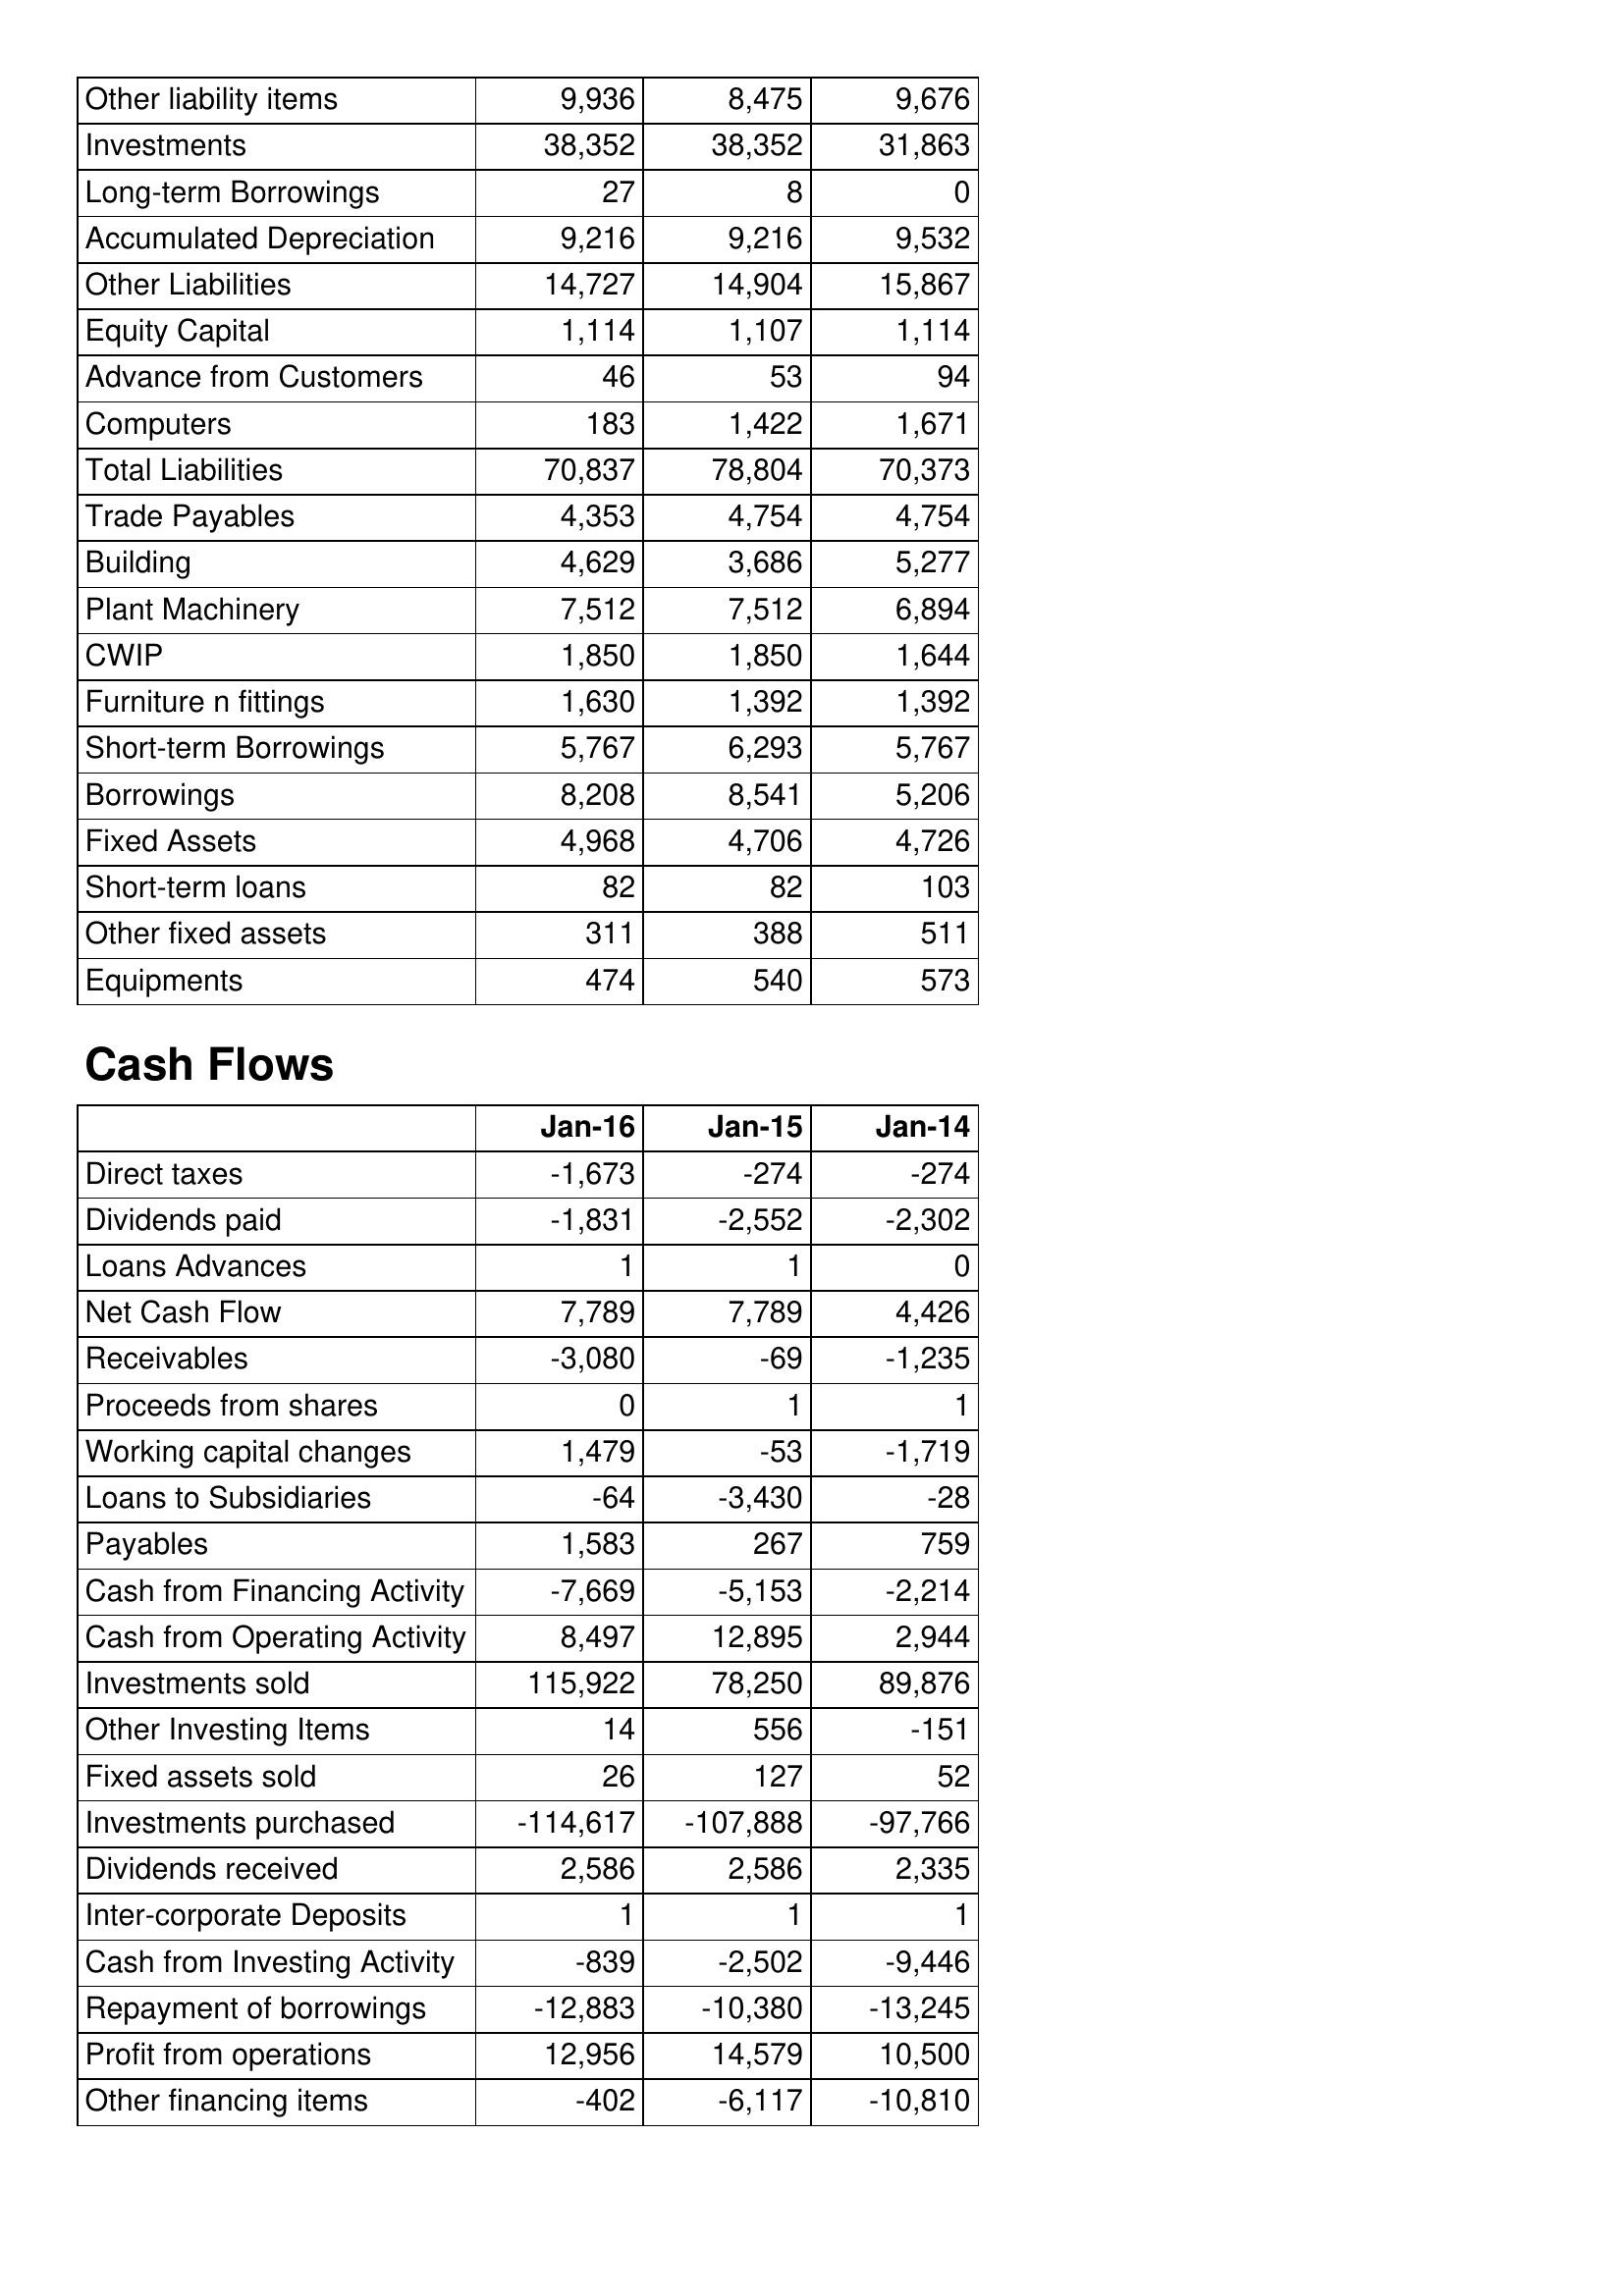
Jan-16: Balance Sheet: Other liability items: 9,936
Investments: 38,352
Long-term Borrowings: 27
Accumulated Depreciation: 9,216
Other Liabilities: 14,727
Equity Capital: 1,114
Advance from Customers: 46
Computers: 183
Total Liabilities: 70,837
Trade Payables: 4,353
Building: 4,629
Plant Machinery: 7,512
CWIP: 1,850
Furniture n fittings: 1,630
Short-term Borrowings: 5,767
Borrowings: 8,208
Fixed Assets: 4,968
Short-term loans: 82
Other fixed assets: 311
Equipments: 474
Cash Flows: Direct taxes: -1,673
Dividends paid: -1,831
Loans Advances: 1
Net Cash Flow: 7,789
Receivables: -3,080
Proceeds from shares: 0
Working capital changes: 1,479
Loans to Subsidiaries: -64
Payables: 1,583
Cash from Financing Activity: -7,669
Cash from Operating Activity: 8,497
Investments sold: 115,922
Other Investing Items: 14
Fixed assets sold: 26
Investments purchased: -114,617
Dividends received: 2,586
Inter-corporate Deposits: 1
Cash from Investing Activity: -839
Repayment of borrowings: -12,883
Profit from operations: 12,956
Other financing items: -402
Jan-15: Balance Sheet: Other liability items: 8,475
Investments: 38,352
Long-term Borrowings: 8
Accumulated Depreciation: 9,216
Other Liabilities: 14,904
Equity Capital: 1,107
Advance from Customers: 53
Computers: 1,422
Total Liabilities: 78,804
Trade Payables: 4,754
Building: 3,686
Plant Machinery: 7,512
CWIP: 1,850
Furniture n fittings: 1,392
Short-term Borrowings: 6,293
Borrowings: 8,541
Fixed Assets: 4,706
Short-term loans: 82
Other fixed assets: 388
Equipments: 540
Cash Flows: Direct taxes: -274
Dividends paid: -2,552
Loans Advances: 1
Net Cash Flow: 7,789
Receivables: -69
Proceeds from shares: 1
Working capital changes: -53
Loans to Subsidiaries: -3,430
Payables: 267
Cash from Financing Activity: -5,153
Cash from Operating Activity: 12,895
Investments sold: 78,250
Other Investing Items: 556
Fixed assets sold: 127
Investments purchased: -107,888
Dividends received: 2,586
Inter-corporate Deposits: 1
Cash from Investing Activity: -2,502
Repayment of borrowings: -10,380
Profit from operations: 14,579
Other financing items: -6,117
Jan-14: Balance Sheet: Other liability items: 9,676
Investments: 31,863
Long-term Borrowings: 0
Accumulated Depreciation: 9,532
Other Liabilities: 15,867
Equity Capital: 1,114
Advance from Customers: 94
Computers: 1,671
Total Liabilities: 70,373
Trade Payables: 4,754
Building: 5,277
Plant Machinery: 6,894
CWIP: 1,644
Furniture n fittings: 1,392
Short-term Borrowings: 5,767
Borrowings: 5,206
Fixed Assets: 4,726
Short-term loans: 103
Other fixed assets: 511
Equipments: 573
Cash Flows: Direct taxes: -274
Dividends paid: -2,302
Loans Advances: 0
Net Cash Flow: 4,426
Receivables: -1,235
Proceeds from shares: 1
Working capital changes: -1,719
Loans to Subsidiaries: -28
Payables: 759
Cash from Financing Activity: -2,214
Cash from Operating Activity: 2,944
Investments sold: 89,876
Other Investing Items: -151
Fixed assets sold: 52
Investments purchased: -97,766
Dividends received: 2,335
Inter-corporate Deposits: 1
Cash from Investing Activity: -9,446
Repayment of borrowings: -13,245
Profit from operations: 10,500
Other financing items: -10,810